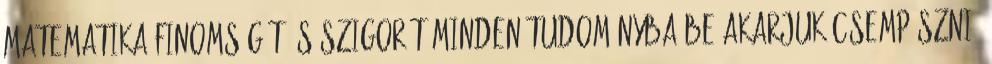
matematika finomságát és szigorát minden tudományba be akarjuk csempészni,